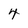
Character: 4